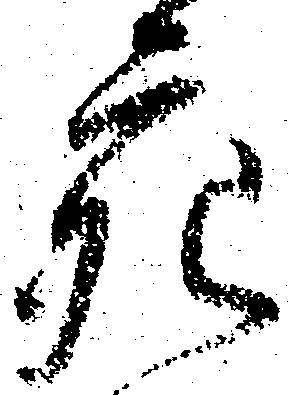
充